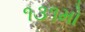
૧૩૧મો